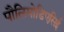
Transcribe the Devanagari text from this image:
पौलिपोडिएसिई